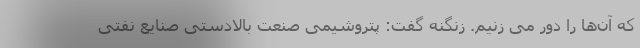
که آن‌ها را دور می زنیم. زنگنه گفت: پتروشیمی صنعت بالادستی صنایع نفتی